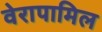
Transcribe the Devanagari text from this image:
वेरापामिल